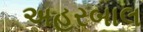
અહરબાલ